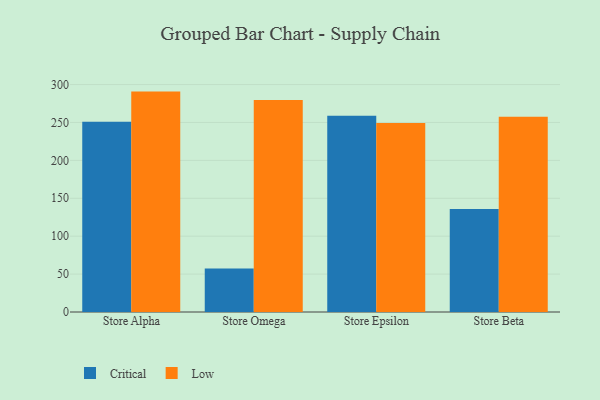
{"axis": {"x": "Store", "y": "Website Visitors"}, "legend": ["Critical", "Low"], "data": [{"x": "Store Alpha", "y": 250.8, "type": "Critical"}, {"x": "Store Alpha", "y": 290.7, "type": "Low"}, {"x": "Store Omega", "y": 57.5, "type": "Critical"}, {"x": "Store Omega", "y": 279.7, "type": "Low"}, {"x": "Store Epsilon", "y": 258.9, "type": "Critical"}, {"x": "Store Epsilon", "y": 249.3, "type": "Low"}, {"x": "Store Beta", "y": 135.9, "type": "Critical"}, {"x": "Store Beta", "y": 257.6, "type": "Low"}]}